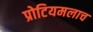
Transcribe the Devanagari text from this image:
प्रोटियमलाच